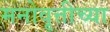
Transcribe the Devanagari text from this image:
मनोवृत्तीच्या